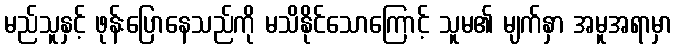
မည်သူနှင့် ဖုန်းပြောနေသည်ကို မသိနိုင်သောကြောင့် သူမ၏ မျက်နှာ အမူအရာမှာ